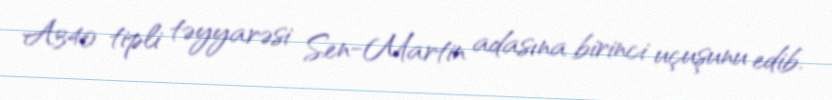
A340 tipli təyyarəsi Sen-Martin adasına birinci uçuşunu edib.